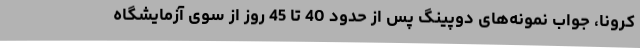
کرونا، جواب نمونه‌های دوپینگ پس از حدود 40 تا 45 روز از سوی آزمایشگاه